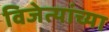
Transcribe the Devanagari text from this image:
विजेत्यांच्या